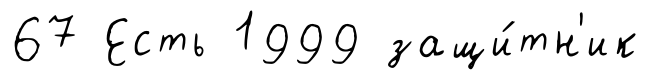
67 Есть 1999 защи́тн'ик